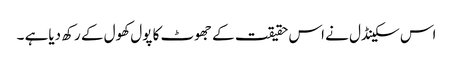
اس سکینڈل نے اس حقیقت کے جھوٹ کا پول کھول کے رکھ دیاہے ۔